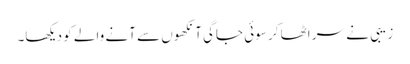
زیبی نے سر اٹھا کر سوئی جاگی آنکھوں سے آنے والے کو دیکھا۔